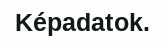
Képadatok.